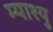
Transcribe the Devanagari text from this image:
म्याश्यु